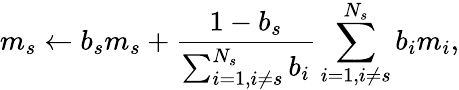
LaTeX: m_{s}\leftarrow b_{s}m_{s}+\frac{1-b_{s}}{\sum_{i=1,i\neq s}^{N_{s}}{b_{i}}}\sum_{i=1,i\neq s}^{N_{s}}{b_{i}m_{i}},